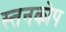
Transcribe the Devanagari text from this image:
स्तनकोप